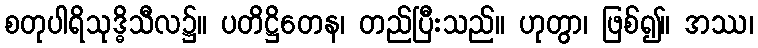
စတုပါရိသုဒ္ဓိသီလ၌။ ပတိဋ္ဌိတေန၊ တည်ပြီးသည်။ ဟုတွာ၊ ဖြစ်၍။ အဿ၊